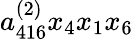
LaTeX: a_{416}^{(2)}x_{4}x_{1}x_{6}